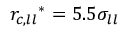
{ r _ { c , l l } } ^ { * } = 5 . 5 \sigma _ { l l }